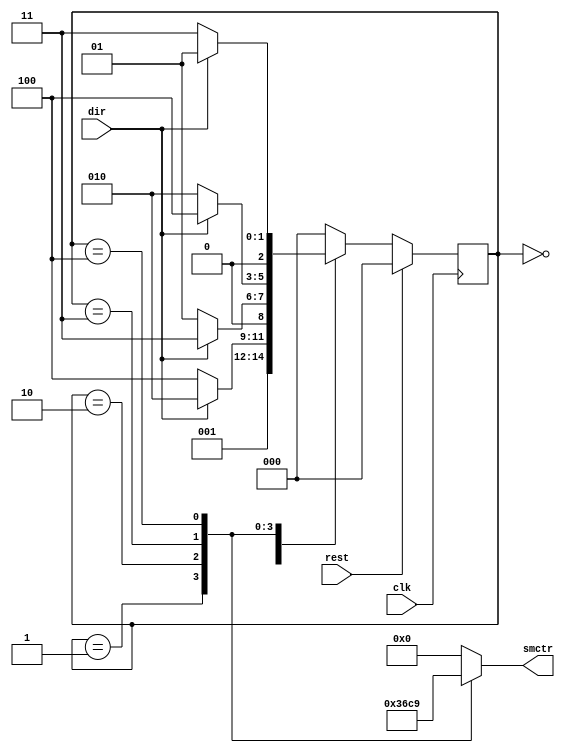
module stepMotorctr(rest,dir,clk,smctr);
input rest,dir,clk;
output[3:0]smctr;
reg [3:0]smctr;
reg[2:0]cs,ns;

always @(posedge clk)
 cs<=ns;

always@(cs)
case(cs)
3'd0:smctr<=4'b0000;// _B,_A,B,A
3'd1:smctr<=4'b0011;
3'd2:smctr<=4'b0110;
3'd3:smctr<=4'b1100;
3'd4:smctr<=4'b1001;
default:smctr<=4'b0000;
endcase
always@(cs)
if(rest==1)
ns<=3'd0;
else
case(cs)
3'd0:ns=3'd1;
3'd1:ns=(dir)?3'd2:3'd4;//rotate direction decide state
3'd2:ns=(dir)?3'd3:3'd1;
3'd3:ns=(dir)?3'd4:3'd2;
3'd4:ns=(dir)?3'd1:3'd3;
default:ns=3'd0;
endcase
endmodule